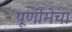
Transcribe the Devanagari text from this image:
पूर्णीमेचा